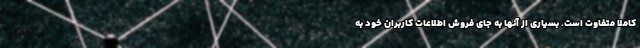
کاملا متفاوت است. بسیاری از آنها به جای فروش اطلاعات کاربران خود به